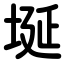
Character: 埏